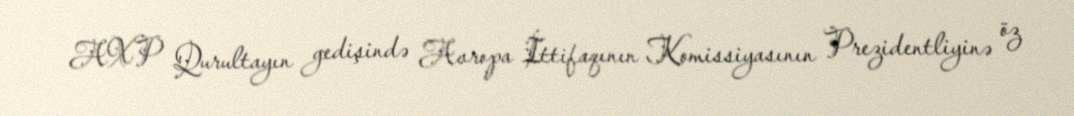
AXP Qurultayın gedişində Avropa İttifaqının Komissiyasının Prezidentliyinə öz